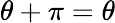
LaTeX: \theta+\pi=\theta